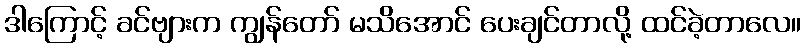
ဒါကြောင့် ခင်ဗျားက ကျွန်တော် မသိအောင် ပေးချင်တာလို့ ထင်ခဲ့တာလေ။